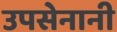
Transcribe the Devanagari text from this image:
उपसेनानी